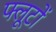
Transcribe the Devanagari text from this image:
फ्लूटों